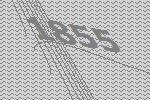
1855